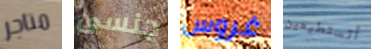
متاجر جنسى غروس أتستطيعين